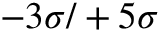
- 3 \sigma / + 5 \sigma